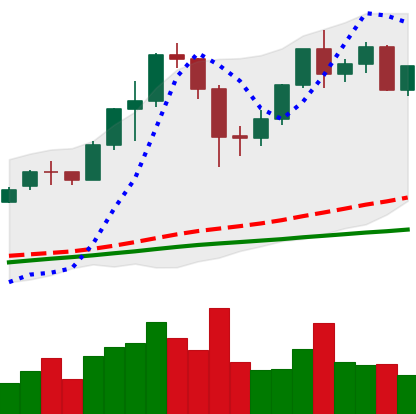
Ticker: ETH-USD
Chart end date: 2020-12-05
Forward return: -6.188%
Label: down_5_7